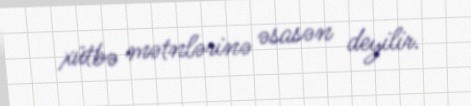
xütbə mətnlərinə əsasən deyilir.